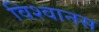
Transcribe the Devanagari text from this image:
विश्वानस